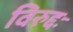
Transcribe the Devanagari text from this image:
विरुद्दः